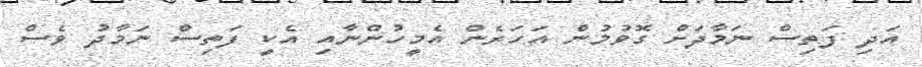
އަދި ފަތިސް ނަމާދަށް ގޮވުމުން އަހަރެން އެމީހުންނާއި އެކީ ފަތިސް ނަމާދު ވެސް